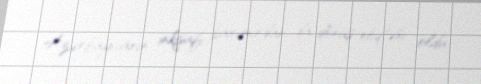
Azərbaycanın inkişafı baxımından da dönüş nöqtəsi oldu.